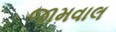
જામવાલ